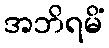
အဘိရမိံ